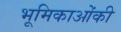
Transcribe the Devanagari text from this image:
भूमिकाओंकी